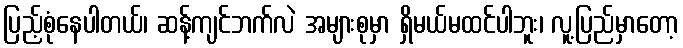
ပြည့်စုံနေပါတယ်၊ ဆန့်ကျင်ဘက်လဲ အများစုမှာ ရှိမယ်မထင်ပါဘူး၊ လူ့ပြည်မှာတော့